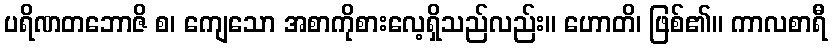
ပရိဏတဘောဇိ စ၊ ကျေသော အစာကိုစားလေ့ရှိသည်လည်း။ ဟောတိ၊ ဖြစ်၏။ ကာလစာရီ